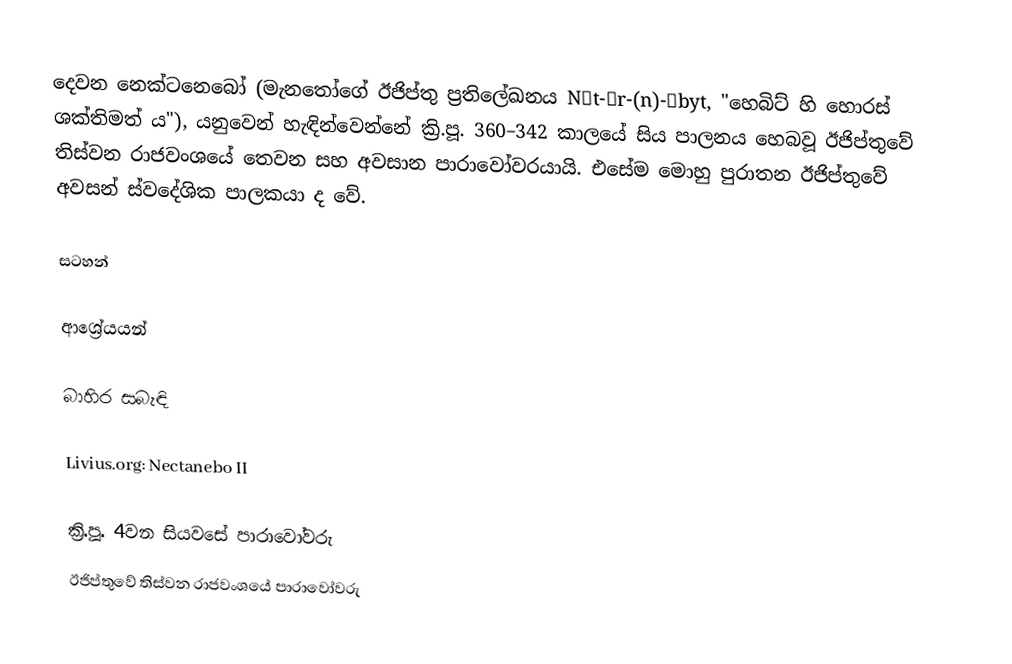
දෙවන නෙක්ටනෙබෝ (මැනතෝගේ  ඊජිප්තු ප්‍රතිලේඛනය Nḫt-Ḥr-(n)-Ḥbyt, "හෙබිට් හි හොරස් ශක්තිමත් ය"), යනුවෙන් හැඳින්වෙන්නේ ක්‍රි.පූ. 360–342 කාලයේ සිය පාලනය හෙබවූ ඊජිප්තුවේ තිස්වන ‍රාජවංශයේ තෙවන සහ අවසාන පාරාවෝවරයායි. එසේම මොහු පුරාතන ඊජිප්‍තුවේ අවසන් ස්වදේශික පාලකයා ද වේ.

සටහන්

ආශ්‍රේයයන්

බාහිර සබැඳි

Livius.org: Nectanebo II

ක්‍රි.පූ. 4වන සියවසේ පාරාවෝවරු
ඊජිප්තුවේ තිස්වන ‍රාජවංශයේ පාරාවෝවරු